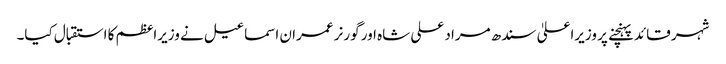
شہر قائد پہنچنے پر وزیراعلیٰ سندھ مراد علی شاہ اور گورنر عمران اسماعیل نے وزیراعظم کا استقبال کیا۔